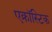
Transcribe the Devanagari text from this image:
एक्रॉस्टिक